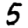
Digit: 5